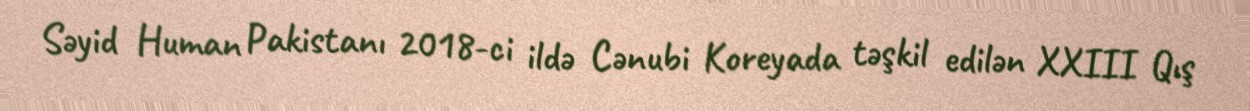
Səyid Human Pakistanı 2018-ci ildə Cənubi Koreyada təşkil edilən XXIII Qış